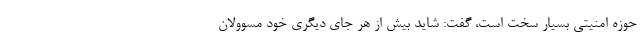
حوزه امنیتی بسیار سخت است، گفت: شاید بیش از هر جای دیگری خود مسوولان